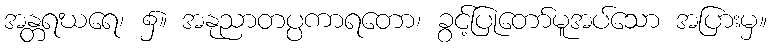
အန္တရဃရေ၊ ၌။ အနုညာတပ္ပကာရတော၊ ခွင့်ပြုတော်မူအပ်သော အပြားမှ။